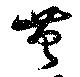
笞